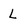
Character: L